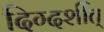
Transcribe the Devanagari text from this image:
दिग्दर्शीत्